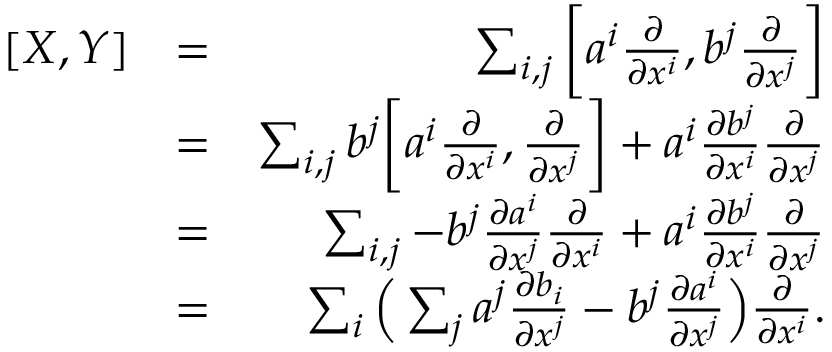
\begin{array} { r l r } { [ X , Y ] } & { = } & { \sum _ { i , j } \bigg [ a ^ { i } \frac { \partial } { \partial x ^ { i } } , b ^ { j } \frac { \partial } { \partial x ^ { j } } \bigg ] } \\ & { = } & { \sum _ { i , j } b ^ { j } \bigg [ a ^ { i } \frac { \partial } { \partial x ^ { i } } , \frac { \partial } { \partial x ^ { j } } \bigg ] + a ^ { i } \frac { \partial b ^ { j } } { \partial x ^ { i } } \frac { \partial } { \partial x ^ { j } } } \\ & { = } & { \sum _ { i , j } - b ^ { j } \frac { \partial a ^ { i } } { \partial x ^ { j } } \frac { \partial } { \partial x ^ { i } } + a ^ { i } \frac { \partial b ^ { j } } { \partial x ^ { i } } \frac { \partial } { \partial x ^ { j } } } \\ & { = } & { \sum _ { i } \Big ( \sum _ { j } a ^ { j } \frac { \partial b _ { i } } { \partial x ^ { j } } - b ^ { j } \frac { \partial a ^ { i } } { \partial x ^ { j } } \Big ) \frac { \partial } { \partial x ^ { i } } . } \end{array}